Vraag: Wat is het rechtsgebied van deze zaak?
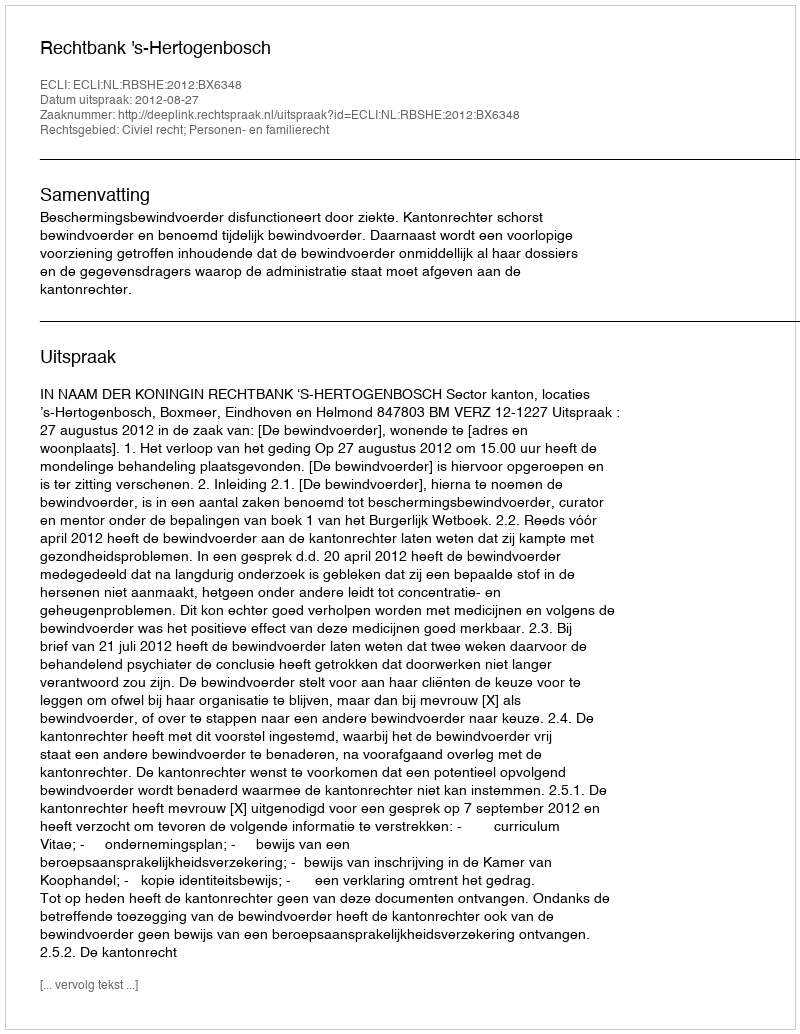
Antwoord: Civiel recht; Personen- en familierecht